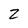
Character: Z